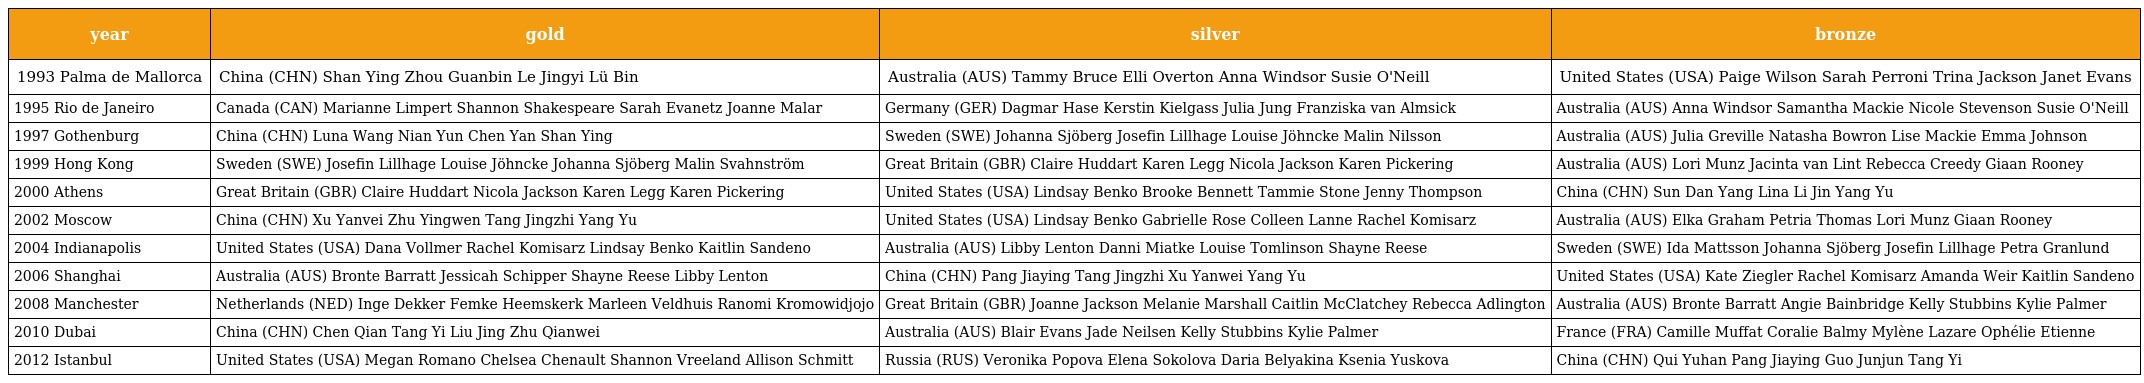
| year | gold | silver | bronze |
 | --- | --- | --- | --- |
 | 1993 Palma de Mallorca | China (CHN) Shan Ying Zhou Guanbin Le Jingyi Lü Bin | Australia (AUS) Tammy Bruce Elli Overton Anna Windsor Susie O'Neill | United States (USA) Paige Wilson Sarah Perroni Trina Jackson Janet Evans |
 | 1995 Rio de Janeiro | Canada (CAN) Marianne Limpert Shannon Shakespeare Sarah Evanetz Joanne Malar | Germany (GER) Dagmar Hase Kerstin Kielgass Julia Jung Franziska van Almsick | Australia (AUS) Anna Windsor Samantha Mackie Nicole Stevenson Susie O'Neill |
 | 1997 Gothenburg | China (CHN) Luna Wang Nian Yun Chen Yan Shan Ying | Sweden (SWE) Johanna Sjöberg Josefin Lillhage Louise Jöhncke Malin Nilsson | Australia (AUS) Julia Greville Natasha Bowron Lise Mackie Emma Johnson |
 | 1999 Hong Kong | Sweden (SWE) Josefin Lillhage Louise Jöhncke Johanna Sjöberg Malin Svahnström | Great Britain (GBR) Claire Huddart Karen Legg Nicola Jackson Karen Pickering | Australia (AUS) Lori Munz Jacinta van Lint Rebecca Creedy Giaan Rooney |
 | 2000 Athens | Great Britain (GBR) Claire Huddart Nicola Jackson Karen Legg Karen Pickering | United States (USA) Lindsay Benko Brooke Bennett Tammie Stone Jenny Thompson | China (CHN) Sun Dan Yang Lina Li Jin Yang Yu |
 | 2002 Moscow | China (CHN) Xu Yanvei Zhu Yingwen Tang Jingzhi Yang Yu | United States (USA) Lindsay Benko Gabrielle Rose Colleen Lanne Rachel Komisarz | Australia (AUS) Elka Graham Petria Thomas Lori Munz Giaan Rooney |
 | 2004 Indianapolis | United States (USA) Dana Vollmer Rachel Komisarz Lindsay Benko Kaitlin Sandeno | Australia (AUS) Libby Lenton Danni Miatke Louise Tomlinson Shayne Reese | Sweden (SWE) Ida Mattsson Johanna Sjöberg Josefin Lillhage Petra Granlund |
 | 2006 Shanghai | Australia (AUS) Bronte Barratt Jessicah Schipper Shayne Reese Libby Lenton | China (CHN) Pang Jiaying Tang Jingzhi Xu Yanwei Yang Yu | United States (USA) Kate Ziegler Rachel Komisarz Amanda Weir Kaitlin Sandeno |
 | 2008 Manchester | Netherlands (NED) Inge Dekker Femke Heemskerk Marleen Veldhuis Ranomi Kromowidjojo | Great Britain (GBR) Joanne Jackson Melanie Marshall Caitlin McClatchey Rebecca Adlington | Australia (AUS) Bronte Barratt Angie Bainbridge Kelly Stubbins Kylie Palmer |
 | 2010 Dubai | China (CHN) Chen Qian Tang Yi Liu Jing Zhu Qianwei | Australia (AUS) Blair Evans Jade Neilsen Kelly Stubbins Kylie Palmer | France (FRA) Camille Muffat Coralie Balmy Mylène Lazare Ophélie Etienne |
 | 2012 Istanbul | United States (USA) Megan Romano Chelsea Chenault Shannon Vreeland Allison Schmitt | Russia (RUS) Veronika Popova Elena Sokolova Daria Belyakina Ksenia Yuskova | China (CHN) Qui Yuhan Pang Jiaying Guo Junjun Tang Yi |